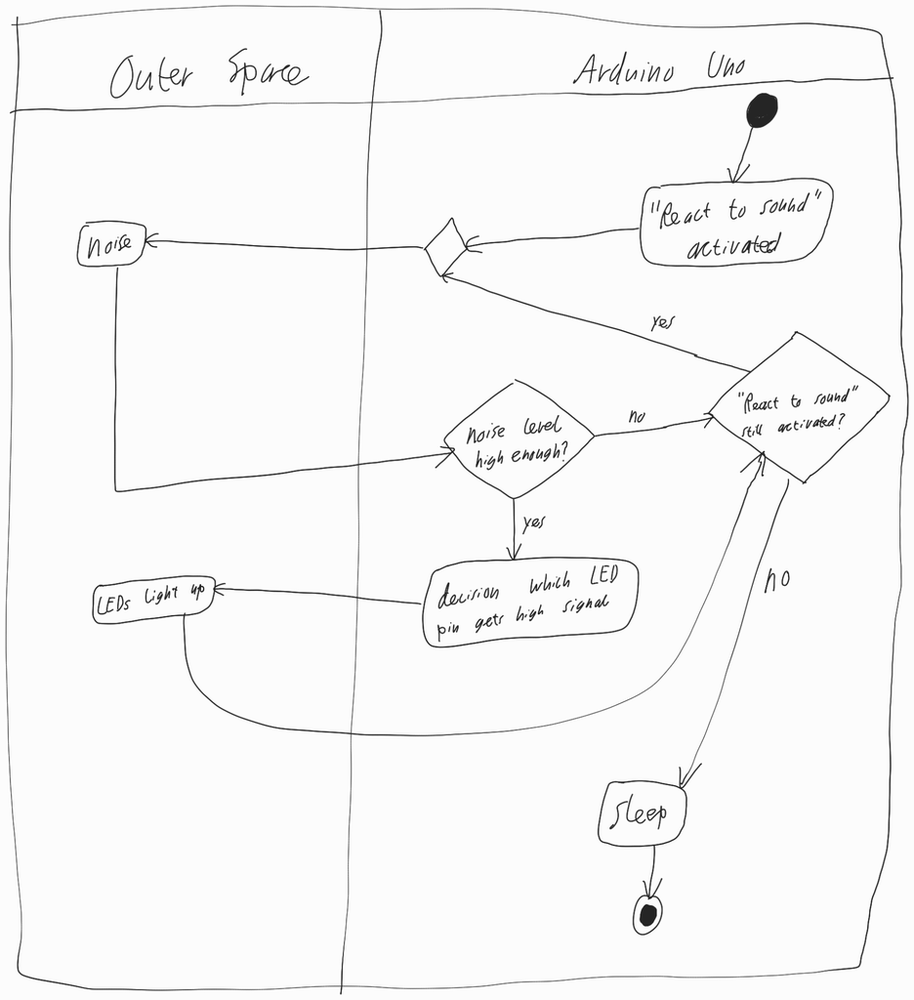
Diagram type: activity_diagram
```plantuml
@startuml

|Outer Space|

|Arduino Uno|

start

:"React to sound" activated;

repeat
  |Outer Space|
  :noise;
  |Arduino Uno|
  if (noise level high enough?) then (yes)
    :decision which LED pin gets high signal;
    |Outer Space|
    :LEDs light up;
    |Arduino Uno|
  else (no)
  endif
repeat while ("React to sound" still activated?) is (yes) not (no)

:sleep;

stop

@enduml
```